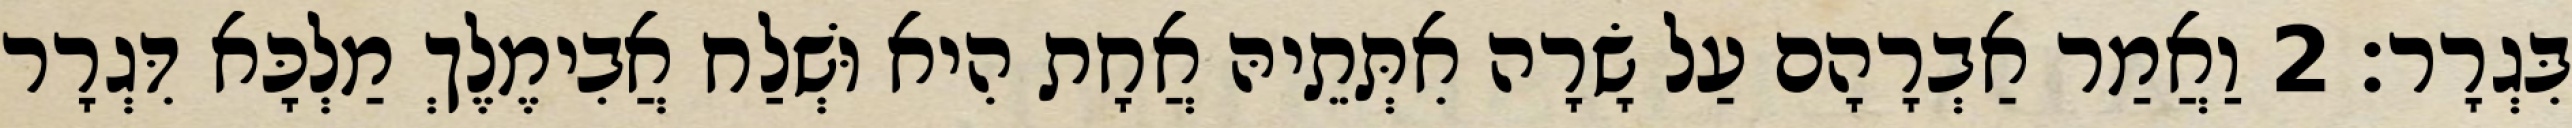
בִּגְרָר׃ 2 וַאֲמַר אַבְרָהָם עַל שָׂרָה אִתְּתֵיהּ אֲחָת הִיא וּשְׁלַח אֲבִימֶלֶךְ מַלְכָּא דִּגְרָר